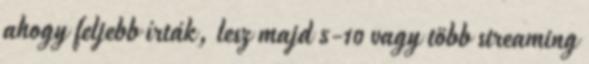
ahogy feljebb írták, lesz majd 5-10 vagy több streaming